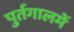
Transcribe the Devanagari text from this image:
पुर्तगालमें